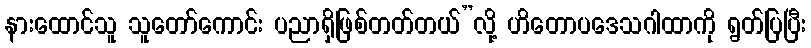
နားထောင်သူ သူတော်ကောင်း ပညာရှိဖြစ်တတ်တယ်”လို့ ဟိတောပဒေသဂါထာကို ရွတ်ပြပြီး